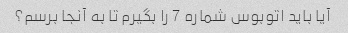
آیا باید اتوبوس شماره 7 را بگیرم تا به آنجا برسم؟